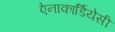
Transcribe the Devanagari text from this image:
ऐनाकार्डियेसी